Vaccination in the Punjab 1883-1896 - 1883-1896
Year: 1883
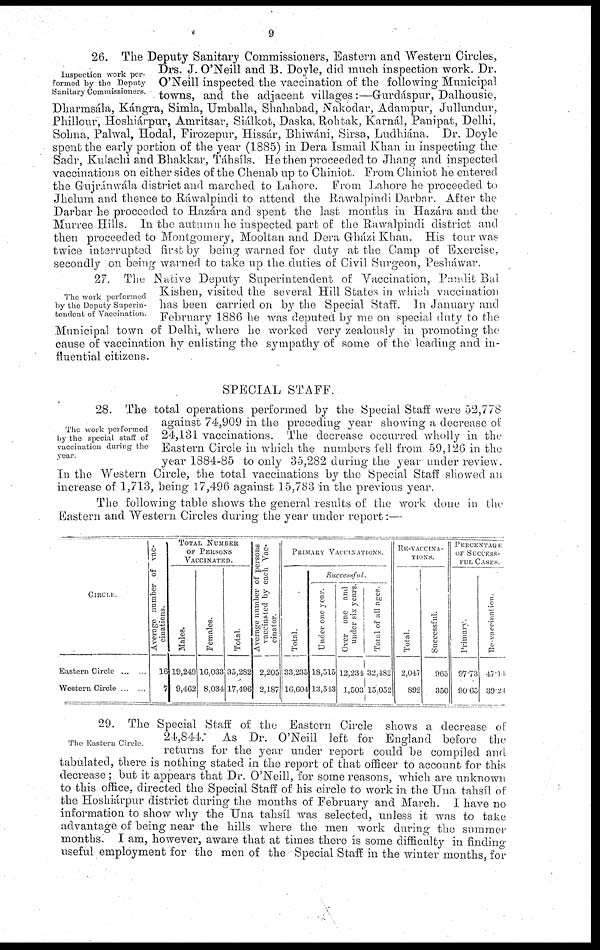
9
Inspection work per-
formed by the Deputy
Sanitary Commissioners.
26. The Deputy Sanitary Commissioners, Eastern and Western Circles,
Drs. J. O'Neill and B. Doyle, did much inspection work. Dr.
O'Neill inspected the vaccination of the following Municipal
towns, and the adjacent villages :—Gurdáspur, Dalhousie,
Dharmsála, Kángra, Simla, Umballa, Shahabad, Nakodar, Adampur, Jullundur,
Phillour, Hoshiárpur, Amritsar, Siálkot, Daska, Rohtak, Karnál, Panipat, Delhi,
Sohna, Palwal, Hodal, Firozepur, Hissár, Bhiwáni, Sirsa, Ludhiána. Dr. Doyle
spent the early portion of the year (1885) in Dera Ismail Khan in inspecting the
Sadr, Kulachi and Bhakkar, Táhsils. He then proceeded to Jhang and inspected
vaccinations on either sides of the Chenab up to Chiniot. From Chiniot he entered
the Gujránwála district and marched to Lahore. From Lahore he proceeded to
Jhelum and thence to Rawalpindi to attend the Rawalpindi Darbar. After the
Darbar he proceeded to Hazára and spent the last months in Hazára and the
Murree Hills. In the autumn he inspected part of the Rawalpindi district and
then proceeded to Montgomery, Mooltan and Dera Gházi Khan. His tour was
twice interrupted first by being warned for duty at the Camp of Exercise,
secondly on being warned to take up the duties of Civil Surgeon, Pesháwar.
The work performed
by the Deputy Superin-
tendent of Vaccination.
27. The Native Deputy Superintendent of Vaccination, Pandit Bal
Kishen, visited the several Hill States in which vaccination
has been carried on by the Special Staff. In January and
February 1886 he was deputed by me on special duty to the
Municipal town of Delhi, where he worked very zealously in promoting the
cause of vaccination by enlisting the sympathy of some of the leading and in-
fluential citizens.
SPECIAL STAFF.
The work performed
by the special staff of
vaccination during the
year.
28. The total operations performed by the Special Staff were 52,778
against 74,909 in the preceding year showing a decrease of
24,131 vaccinations. The decrease occurred wholly in the
Eastern Circle in which the numbers fell from 59,126 in the
year 1884-85 to only 35,282 during the year under review.
In the Western Circle, the total vaccinations by the Special Staff showed an
increase of 1,713, being 17,496 against 15,783 in the previous year.
The following table shows the general results of the work done in the
Eastern and Western Circles during the year under report:—
CIRCLE.
Eastern Circle ... ...
Western Circle ... ...
Average number of vac-
cinations.
16
7
TOTAL NUMBER
OF PERSONS
VACCINATED.
Males.
19,249
9,462
Females.
16,033
8,034
Total.
35,282
17,496
Average number of persons
vaccinated by each Vac¬
cinator.
2,205
2,187
PRIMARY VACCINAT
IONS.
Total.
33,235
16,604
Successful.
Under one year.
18,515
13,543
Over one and
under six years.
12,234
1,503
Total of all ages.
32,482
15,052
RE-VACCINA-
-----.
Total.
2,047
892
Successful.
965
350
PERCENTAGE
OF SUCCESS¬
FUL CASES.
Primary.
97.73
90.65
Re-vaccination.
47.44
39.24
The Eastern Circle.
29. The Special Staff of the Eastern Circle shows a decrease of
24,844.
As Dr. O'Neill left for England before the
returns for the year under report could be compiled and
tabulated, there is nothing stated in the report of that officer to account for this
decrease; but it appears that Dr. O'Neill, for some reasons, which are unknown
to this office, directed the Special Staff of his circle to work in the Una tahsíl of
the Hoshiárpur district during the months of February and March. I have no
information to show why the Una tahsíl was selected, unless it was to take
advantage of being near the hills where the men work during the summer
months. I am, however, aware that at times there is some difficulty in finding
useful employment for the men of the Special Staff in the winter months, for